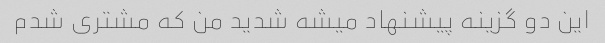
این دو گزینه پیشنهاد میشه شدید من که مشتری شدم